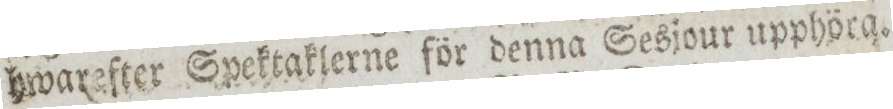
hwarefter Spektaklerne för denna Sesjour upphöra.